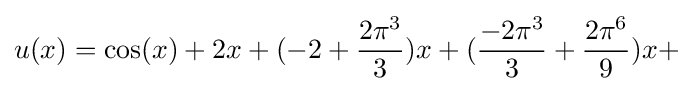
u(x)=\cos(x)+2x+(-2+{\frac {2\pi ^{3}}{3}})x+({\frac {-2\pi ^{3}}{3}}+{\frac {2\pi ^{6}}{9}})x+